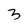
Character: 3